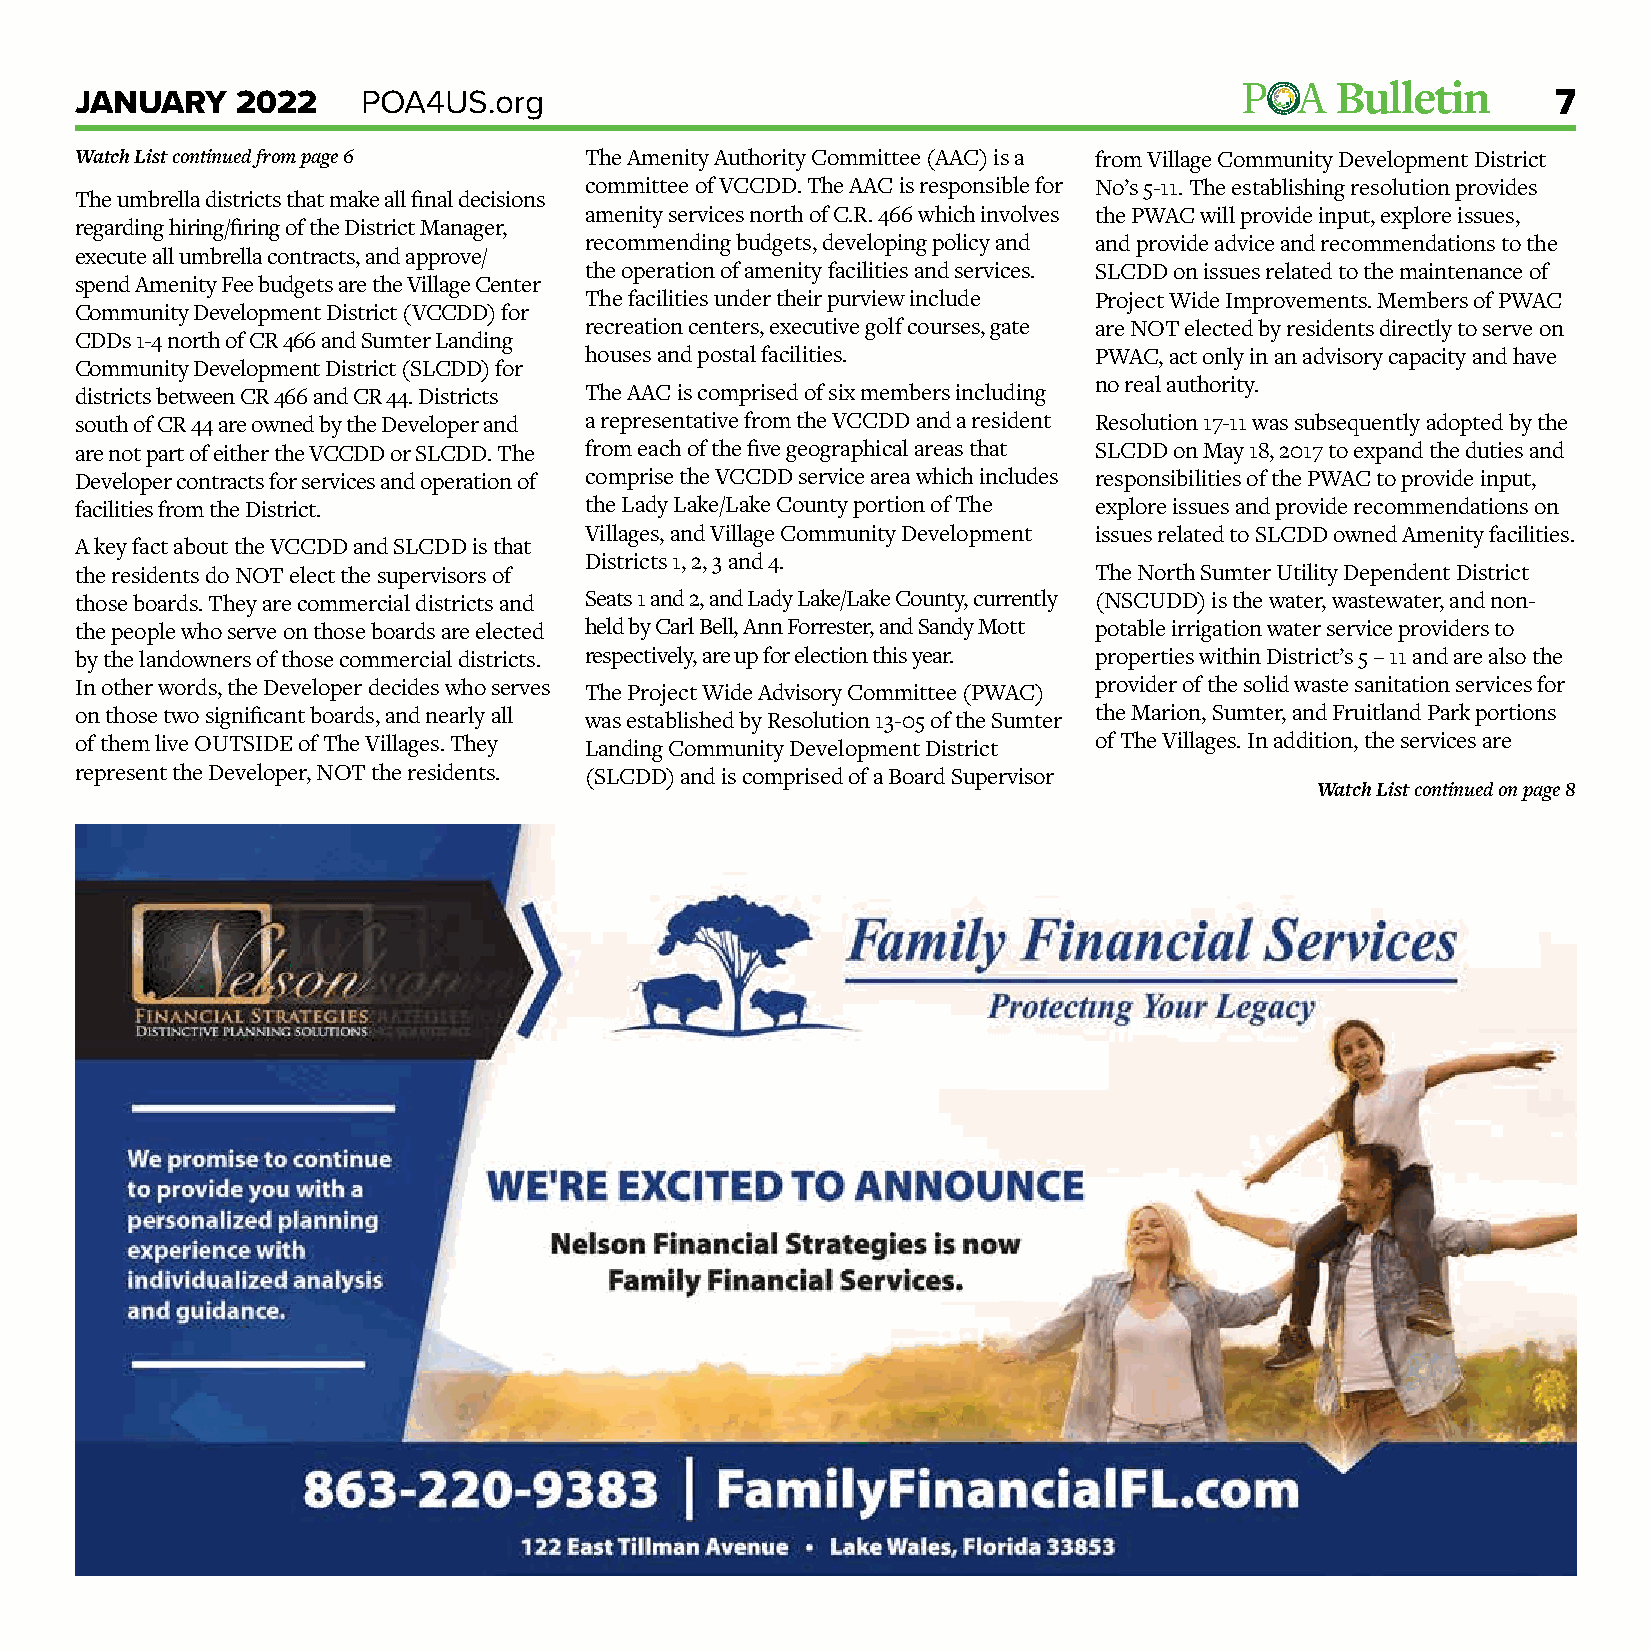
JANUARY    2022    POA4US.org                                                                     7
 Watch List continued from page 6  The Amenity Authority Committee (AAC) is a from Village Community Development District
 committee of VCCDD. The AAC is responsible for No’s 5-11. The establishing resolution provides
 The umbrella districts that make all final decisions
 amenity services north of C.R. 466 which involves the PWAC will provide input, explore issues,
 regarding hiring/firing of the District Manager,
 recommending budgets, developing policy and and provide advice and recommendations to the
 execute all umbrella contracts, and approve/
 the operation of amenity facilities and services. SLCDD on issues related to the maintenance of
 spend Amenity Fee budgets are the Village Center
 The facilities under their purview include Project Wide Improvements. Members of PWAC
 Community Development District (VCCDD) for
 recreation centers, executive golf courses, gate are NOT elected by residents directly to serve on
 CDDs 1-4 north of CR 466 and Sumter Landing
 houses and postal facilities.    PWAC, act only in an advisory capacity and have
 Community Development District (SLCDD) for
 no real authority.
 districts between CR 466 and CR 44. Districts The AAC is comprised of six members including
 south of CR 44 are owned by the Developer and a representative from the VCCDD and a resident Resolution 17-11 was subsequently adopted by the
 are not part of either the VCCDD or SLCDD. The from each of the five geographical areas that SLCDD on May 18, 2017 to expand the duties and
 Developer contracts for services and operation of comprise the VCCDD service area which includes responsibilities of the PWAC to provide input,
 facilities from the District.     the Lady Lake/Lake County portion of The explore issues and provide recommendations on
 Villages, and Village Community Development issues related to SLCDD owned Amenity facilities.
 A key fact about the VCCDD and SLCDD is that
 Districts 1, 2, 3 and 4.
 the residents do NOT elect the supervisors of                      The North Sumter Utility Dependent District
 those boards. They are commercial districts and Seats 1 and 2, and Lady Lake/Lake County, currently (NSCUDD) is the water, wastewater, and non-
 the people who serve on those boards are elected held by Carl Bell, Ann Forrester, and Sandy Mott potable irrigation water service providers to
 by the landowners of those commercial districts. respectively, are up for election this year. properties within District’s 5 – 11 and are also the
 In other words, the Developer decides who serves The Project Wide Advisory Committee (PWAC) provider of the solid waste sanitation services for
 on those two significant boards, and nearly all was established by Resolution 13-05 of the Sumter the Marion, Sumter, and Fruitland Park portions
 of them live OUTSIDE of The Villages. They Landing Community Development District of The Villages. In addition, the services are
 represent the Developer, NOT the residents. (SLCDD) and is comprised of a Board Supervisor
 Watch List continued on page 8